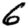
Digit: 6